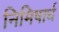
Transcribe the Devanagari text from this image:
निमिषार्ध